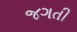
જગતી